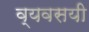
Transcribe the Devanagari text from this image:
व्यवसयी